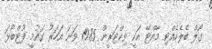
ގޯލް ބެލެހެއްޓި މާއްޓޭ އަކީ ވިކްޓަރީން 1985 ވަނަ އަހަރު ގައުމީ ފުޓްބޯޅަ